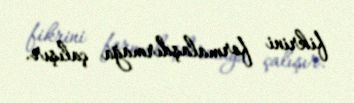
fikrini formalaşdırmağa çalışır.